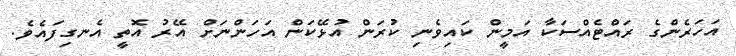
އަހަރެންގެ ރައްޓެއްސަކާ އަމީން ކައިވެނި ކުރަން އުޅޭކަން އަހަންނަށް އޭރު އޮތީ އެނގިފައެވެ.